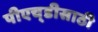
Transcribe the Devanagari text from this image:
पीएच्‌डीसाठी